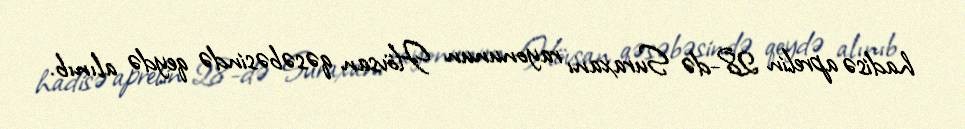
hadisə aprelin 28-də Suraxanı rayonunun Hövsan qəsəbəsində qeydə alınıb.